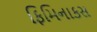
ફિમિનાકસ